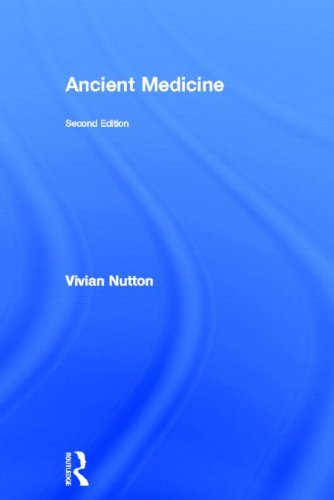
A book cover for Ancient Medicine (Sciences of Antiquity Series); Vivian Nutton; Medical Books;